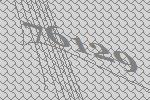
76129